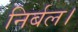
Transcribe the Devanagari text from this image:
निर्बल।